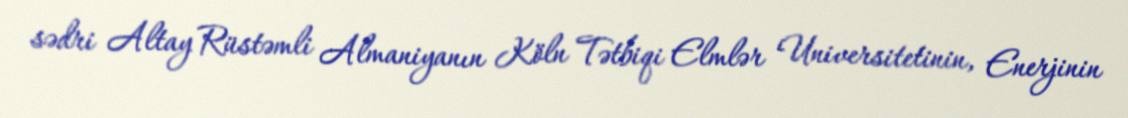
sədri Altay Rüstəmli Almaniyanın Köln Tətbiqi Elmlər Universitetinin, Enerjinin